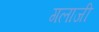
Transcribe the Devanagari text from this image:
गलाजी